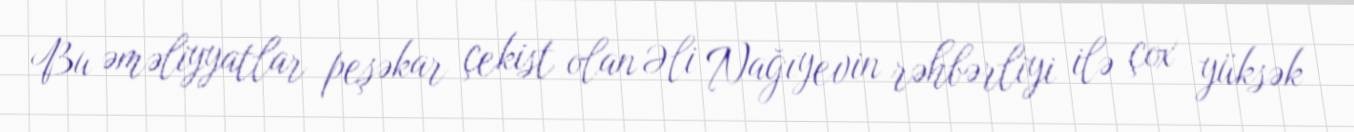
Bu əməliyyatlar peşəkar çekist olan Əli Nağıyevin rəhbərliyi ilə çox yüksək